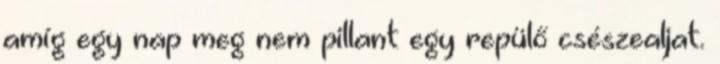
amíg egy nap meg nem pillant egy repülő csészealjat.